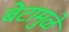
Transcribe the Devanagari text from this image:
बेटामुळे